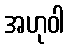
အဟုဝါ